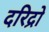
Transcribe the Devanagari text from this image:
दरिद्रो